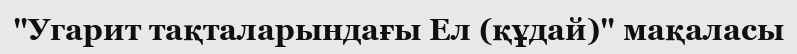
"Угарит тақталарындағы Ел (құдай)" мақаласы